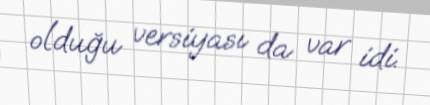
olduğu versiyası da var idi.